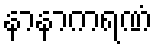
နာနာကရဏံ